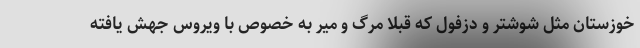
خوزستان مثل شوشتر و دزفول که قبلا مرگ و میر به خصوص با ویروس جهش یافته